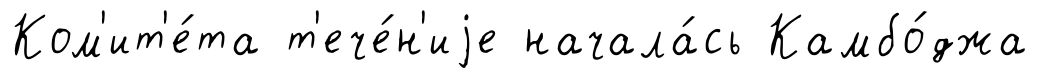
Ком'ит'е́та т'ече́н'иjе начала́сь Камбо́джа